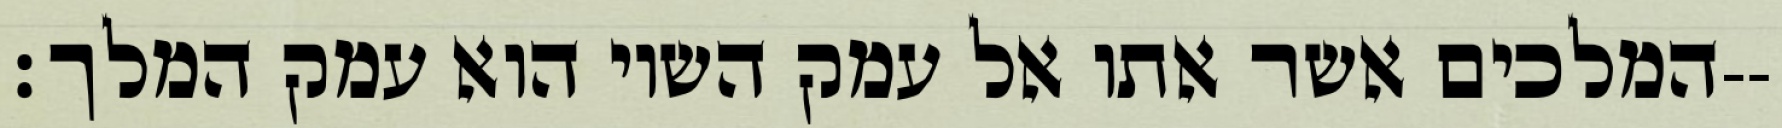
המלכים אשר אתו אל עמק השוי הוא עמק המלך׃--